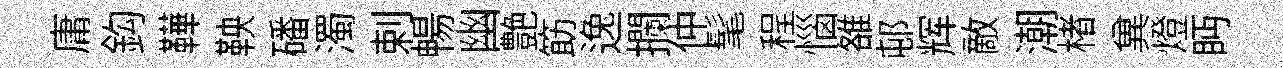
庸鈎鞾鞅磻濁剌暢幽艶筯逸攔仲髦程惱雒邨辉敵潮楮兾燈眄